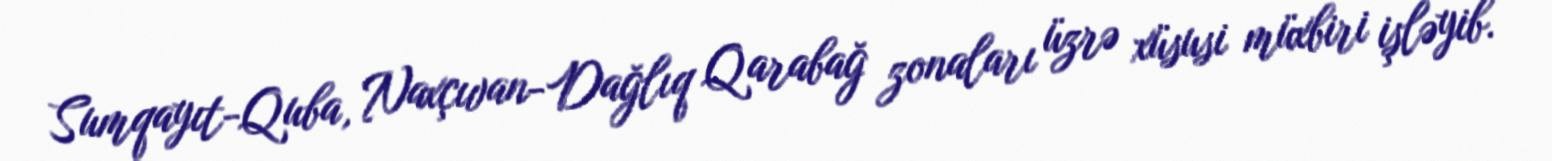
Sumqayıt-Quba, Naxçıvan-Dağlıq Qarabağ zonaları üzrə xüsusi müxbiri işləyib.